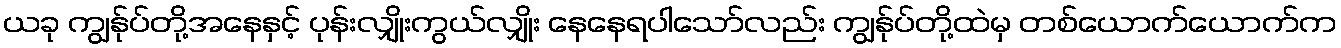
ယခု ကျွန်ုပ်တို့အနေနှင့် ပုန်းလျှိုးကွယ်လျှိုး နေနေရပါသော်လည်း ကျွန်ုပ်တို့ထဲမှ တစ်ယောက်ယောက်က